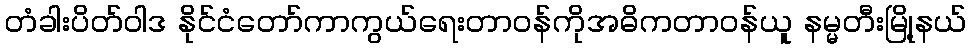
တံခါးပိတ်ဝါဒ နိုင်ငံတော်ကာကွယ်ရေးတာဝန်ကိုအဓိကတာဝန်ယူ နမ္မတီးမြို့နယ်